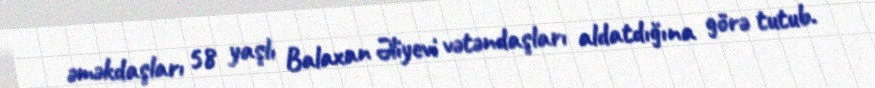
əməkdaşları 58 yaşlı Balaxan Əliyevi vətəndaşları aldatdığına görə tutub.